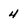
Character: 4